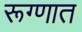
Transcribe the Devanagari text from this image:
रूग्णात